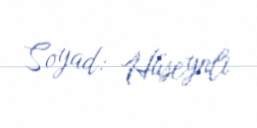
Soyad: Hüseynli